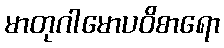
မာတုဂါမောပဝိစာရော